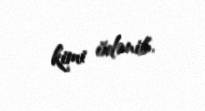
kimi ödənib.